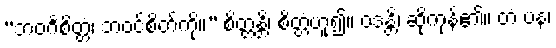
“ဘဝင်္ဂစိတ္တံ၊ ဘဝင်စိတ်ကို။” စိတ္တန္တိ၊ စိတ္တံဟူ၍။ ဝဒန္တိ၊ ဆိုကုန်၏။ တံ ပန၊